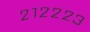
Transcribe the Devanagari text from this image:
२१२२२३